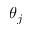
\theta _ { j }